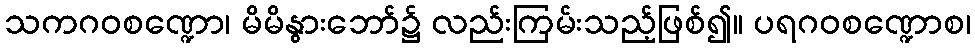
သကဂဝစဏ္ဍော၊ မိမိနွားဘော်၌ လည်းကြမ်းသည့်ဖြစ်၍။ ပရဂဝစဏ္ဍောစ၊